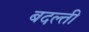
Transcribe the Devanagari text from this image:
बदल्ती